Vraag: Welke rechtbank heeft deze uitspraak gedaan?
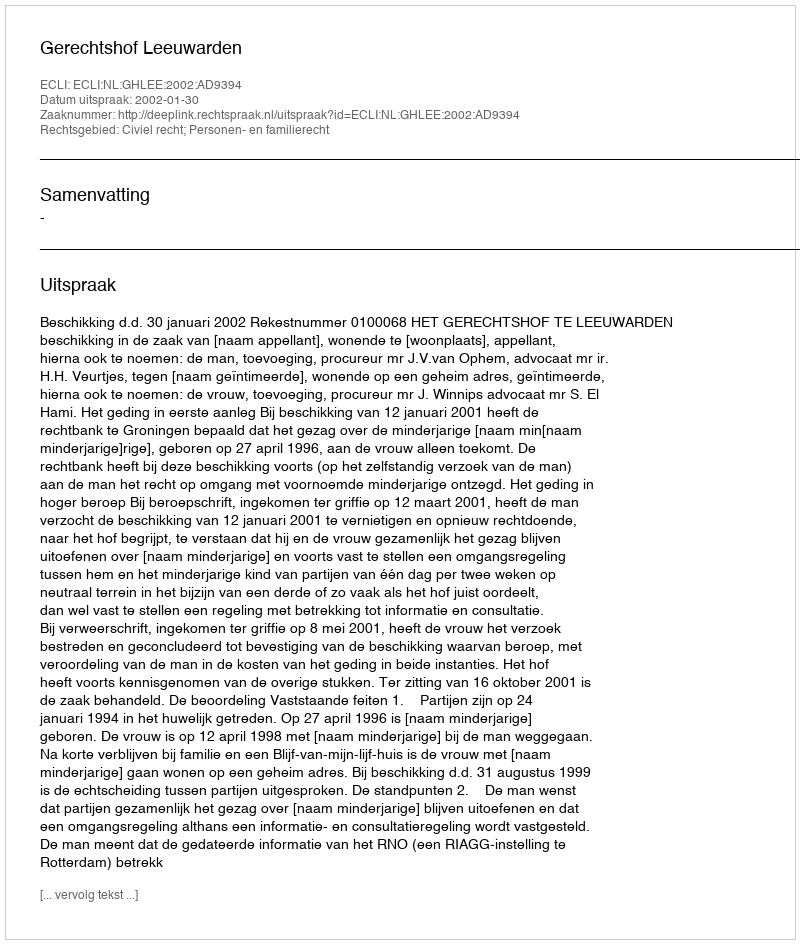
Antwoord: Gerechtshof Leeuwarden